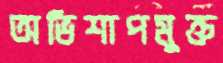
অভিশাপমুক্ত